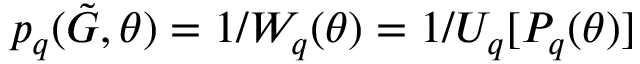
p _ { q } ( \tilde { G } , \theta ) = 1 / W _ { q } ( \theta ) = 1 / U _ { q } [ P _ { q } ( \theta ) ]